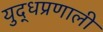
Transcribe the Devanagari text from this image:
युद्धप्रणाली